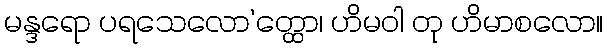
မန္ဒရော ပရသေလော’တ္ထော၊ ဟိမဝါ တု ဟိမာစလော။